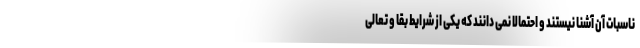
ناسبات آن آشنا نیستند و احتمالاً نمی دانند که یکی از شرایط بقا و تعالی